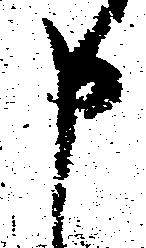
申